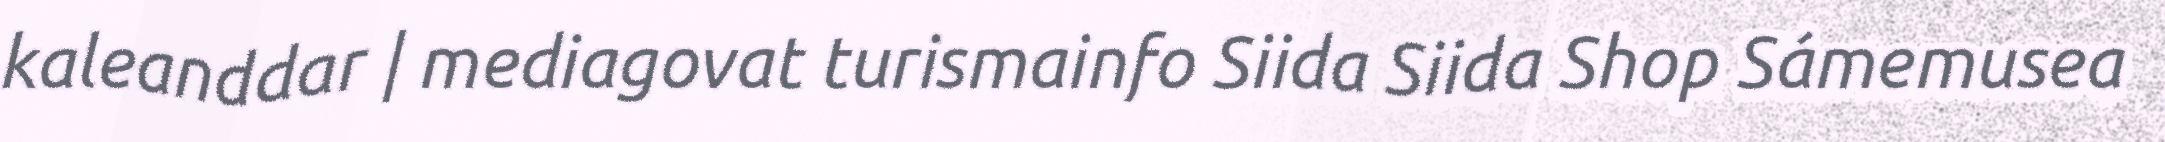
kaleanddar | mediagovat turismainfo Siida Siida Shop Sámemusea